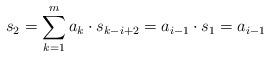
LaTeX: \begin{align*}s_{2}=\sum_{k=1}^m a_k\cdot s_{k-i+2}=a_{i-1}\cdot s_1=a_{i-1}\end{align*}